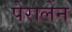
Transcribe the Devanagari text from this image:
पेरालेन